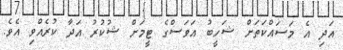
އަދި އެ މަސައްކަތަށް ޝަހީބު އަވަސްގެ ޓީމަށް ޝުކުރު އަދާ ކުރެއްވި އެވެ.